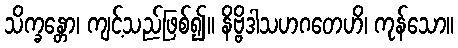
သိက္ခန္တော၊ ကျင့်သည်ဖြစ်၍။ နိဗ္ဗိဒါသဟဂတေဟိ၊ ကုန်သော။